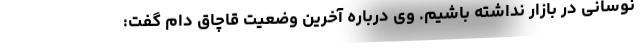
نوسانی در بازار نداشته باشیم. وی درباره آخرین وضعیت قاچاق دام گفت: